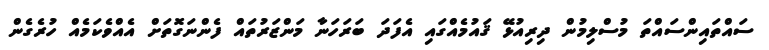
ސައްތައިންސައްތަ މުސްލިމުން ދިރިއުޅޭ ޤައުމެއްގައި އެފަދަ ބަރަހަނާ މަންޒަރުތައް ފެންނަގޮތަށް އެއްވެކަމެއް ހުރެގެން